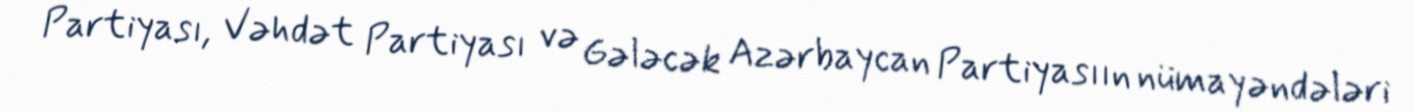
Partiyası, Vəhdət Partiyası və Gələcək Azərbaycan Partiyasıın nümayəndələri